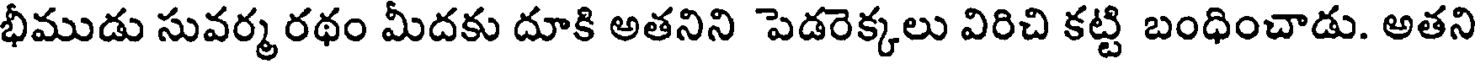
భీముడు సువర్మ రథం మీదకు దూకి అతనిని పెడరెక్కలు విరిచి కట్టి బంధించాడు. అతని